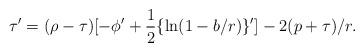
LaTeX: \begin{align*}\tau' = (\rho-\tau)[-\phi' +{1\over2}\{\ln(1-b/r)\}'] - 2(p+\tau)/r.\end{align*}